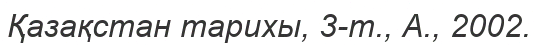
Қазақстан тарихы, 3-т., А., 2002.